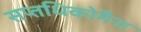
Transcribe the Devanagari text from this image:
सप्तधिकाॅेमेना